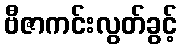
ဗီဇာကင်းလွတ်ခွင့်